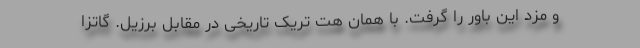
و مزد این باور را گرفت. با همان هت تریک تاریخی در مقابل برزیل. گاتزا